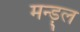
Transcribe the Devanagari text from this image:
मन्ड़्ल